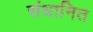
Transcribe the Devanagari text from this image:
संधानित